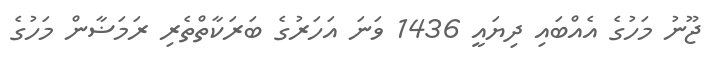
ޖޫނު މަހުގެ އެއްބައި ދިޔައީ 1436 ވަނަ އަހަރުގެ ބަރަކާތްތެރި ރަމަޟާން މަހުގެ